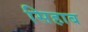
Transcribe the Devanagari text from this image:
सिहाब